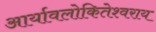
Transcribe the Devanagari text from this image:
आर्यावलोकितेश्वराय